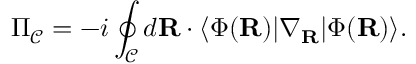
\Pi _ { { \mathcal { C } } } = - i \oint _ { { \mathcal { C } } } d { \mathbf { R } } \cdot \ensuremath { \langle { \Phi ( { \mathbf { R } } ) } \rvert } \nabla _ { { \mathbf { R } } } \ensuremath { \lvert { \Phi ( { \mathbf { R } } ) } \rangle } .